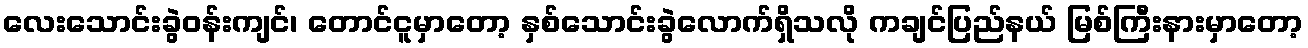
လေးသောင်းခွဲဝန်းကျင်၊ တောင်ငူမှာတော့ နှစ်သောင်းခွဲလောက်ရှိသလို ကချင်ပြည်နယ် မြစ်ကြီးနားမှာတော့